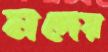
নদেয়